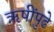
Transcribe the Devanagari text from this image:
ऋषींपुढे